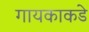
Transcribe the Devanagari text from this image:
गायकाकडे